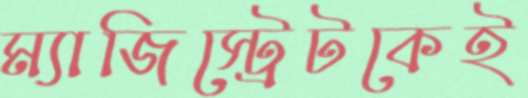
ম্যাজিস্ট্রেটকেই